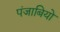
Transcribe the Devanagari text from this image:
पंजाबियो